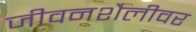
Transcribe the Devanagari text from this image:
जीवनशैलीवर